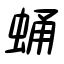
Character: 蛹